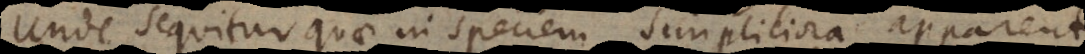
Unde sequitur quae in speciem simpliciora apparent